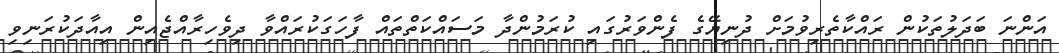
އަންނަ ބަދަލުތަކުން ރައްކާތެރިވުމަށް ދުނިޔޭގެ ފެންވަރުގައި ކުރަމުންދާ މަސައްކަތްތައް ފާހަގަކުރައްވާ ދިވެހިރާއްޖެއިން އިއާދަކުރަނިވި